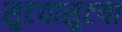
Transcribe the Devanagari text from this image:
सुटयासुटया